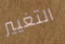
التغيير